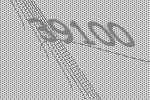
39100